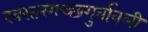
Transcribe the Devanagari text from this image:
खरतरगच्छगुर्वावली